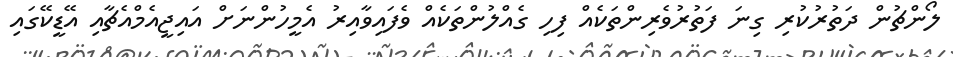
ލޯންޗުން ދަތުރުކުރި ގިނަ ފަތުރުވެރިންތަކެއް ފިހި ގެއްލުންތަކެއް ވެފައިވާއިރު އެމީހުންނަށް އައިޖީއެމްއެޗާއި އޭޑީކޭގައި